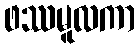
ဖဿမူလကာ